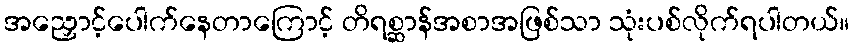
အညှောင့်ပေါက်နေတာကြောင့် တိရစ္ဆာန်အစာအဖြစ်သာ သုံးပစ်လိုက်ရပါတယ်။